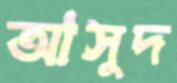
আসুদ